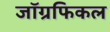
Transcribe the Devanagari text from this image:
जाॅग्रफिकल